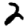
Digit: 2